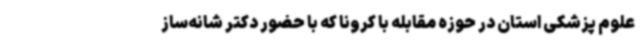
علوم پزشکی استان در حوزه مقابله با کرونا که با حضور دکتر شانه‌ساز